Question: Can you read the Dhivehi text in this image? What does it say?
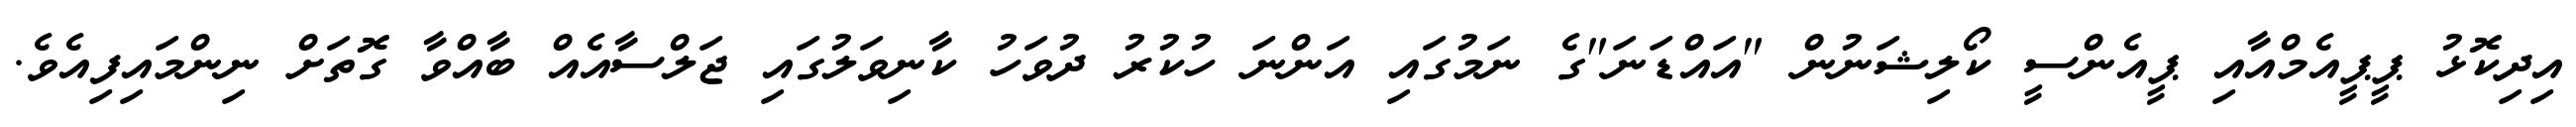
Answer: އިދިކޮޅު ޕީޕީއެމްއާއި ޕީއެންސީ ކޯލިޝަނުން "އައްޑަނަ"ގެ ނަމުގައި އަންނަ ހުކުރު ދުވަހު ކާނިވަލުގައި ޖަލްސާއެއް ބާއްވާ ގޮތަށް ނިންމައިފިއެވެ.